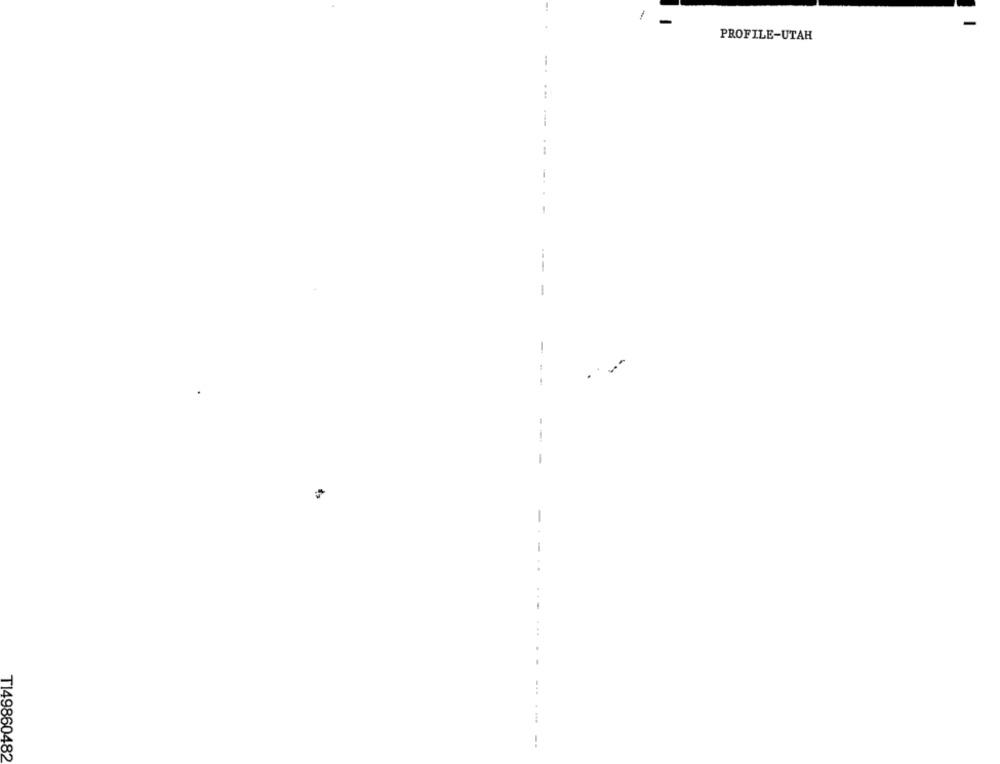
-
PROFILE-UTAH
-
--
--
T149860482